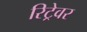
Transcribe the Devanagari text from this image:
रिट्रेवर